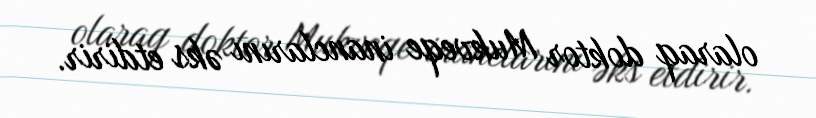
olaraq doktor Mukveqe inanclarını əks etdirir.